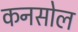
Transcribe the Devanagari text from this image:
कनसोल